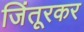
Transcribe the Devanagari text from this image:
जिंतूरकर